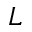
L